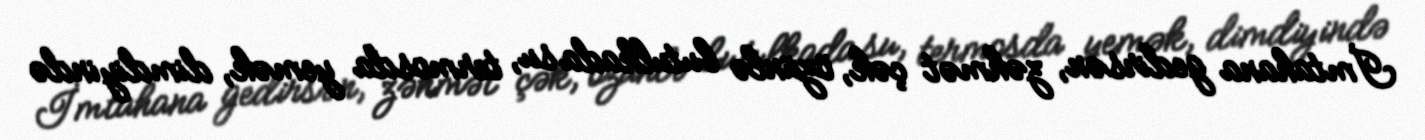
İmtahana gedirsən, zəhmət çək, özünlə butulkada su, termosda yemək, dimdiyində